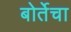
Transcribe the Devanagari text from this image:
बोर्तेचा